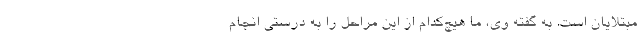
مبتلایان است. به گفته وی، ما هیچ‌کدام از این مراحل را به درستی انجام